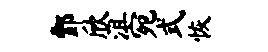
酆欣沮宛式恢